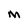
Character: M